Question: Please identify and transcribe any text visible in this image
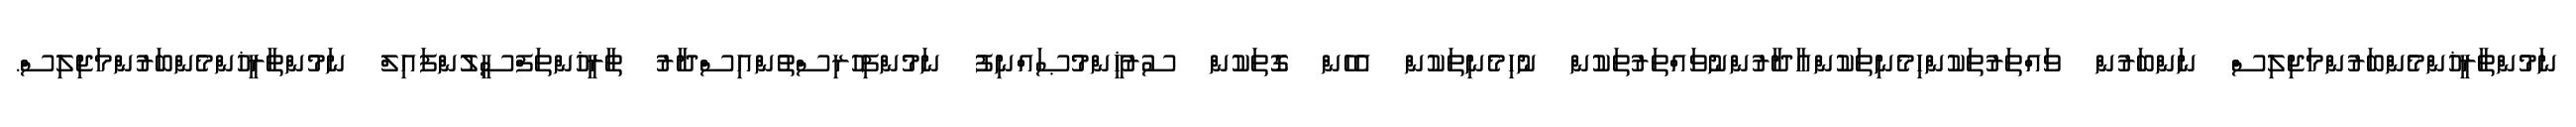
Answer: ނަމުންތާރީޚުންމެންބަރުންމަޖިލިސް ނަންބަރުން ވައްތަރުތަކުންހިމެނިތަކުންއާދާރުންނުވައްތަރުތަކުން ނުހިމެނިތަކުން އެހެން ގޮތަކުން ސުރުޚީންމުޞައްނިފު ނަމުންފިހުރިސްތުންއިސްދާރު ތާރީޚުންތަފްސީލުންފައިލް ނަމުންތާރީޚުންމެންބަރުންމަޖިލިސް.